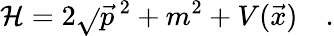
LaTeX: \mathcal{H}=2\sqrt{}{{\vec{{p}}\, {}^{2}+m^{2}}}+V(\vec{{x}})\quad.